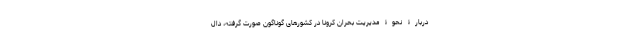
دربارۀ نحوۀ مدیریت بحران کرونا در کشورهای گوناگون صورت گرفته، دال